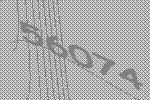
56074